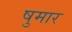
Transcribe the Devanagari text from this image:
षुमार